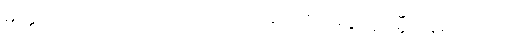
ဓိက္ကတာ ဥဒရဝါတော ကာလံကရောတိ အနုပုဗ္ဗဂမ္ဘီရံ နိရယဂတိ